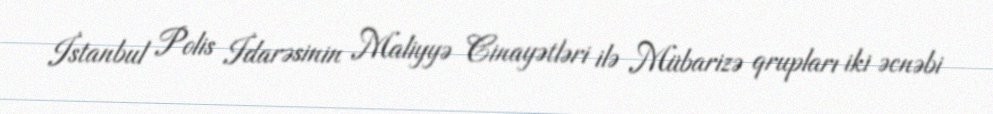
İstanbul Polis İdarəsinin Maliyyə Cinayətləri ilə Mübarizə qrupları iki əcnəbi